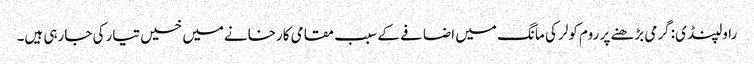
راولپنڈی: گرمی بڑھنے پر روم کولر کی مانگ میں اضافے کے سبب مقامی کارخانےمیں خسیں تیار کی جارہی ہیں۔